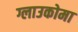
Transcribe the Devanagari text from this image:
ग्लाउकोमा